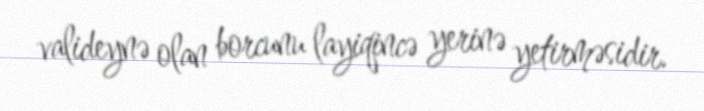
valideynə olan borcunu layiqincə yerinə yetirməsidir.